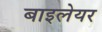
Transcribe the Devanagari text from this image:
बाइलेयर